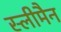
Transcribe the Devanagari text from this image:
स्‍लीमैन